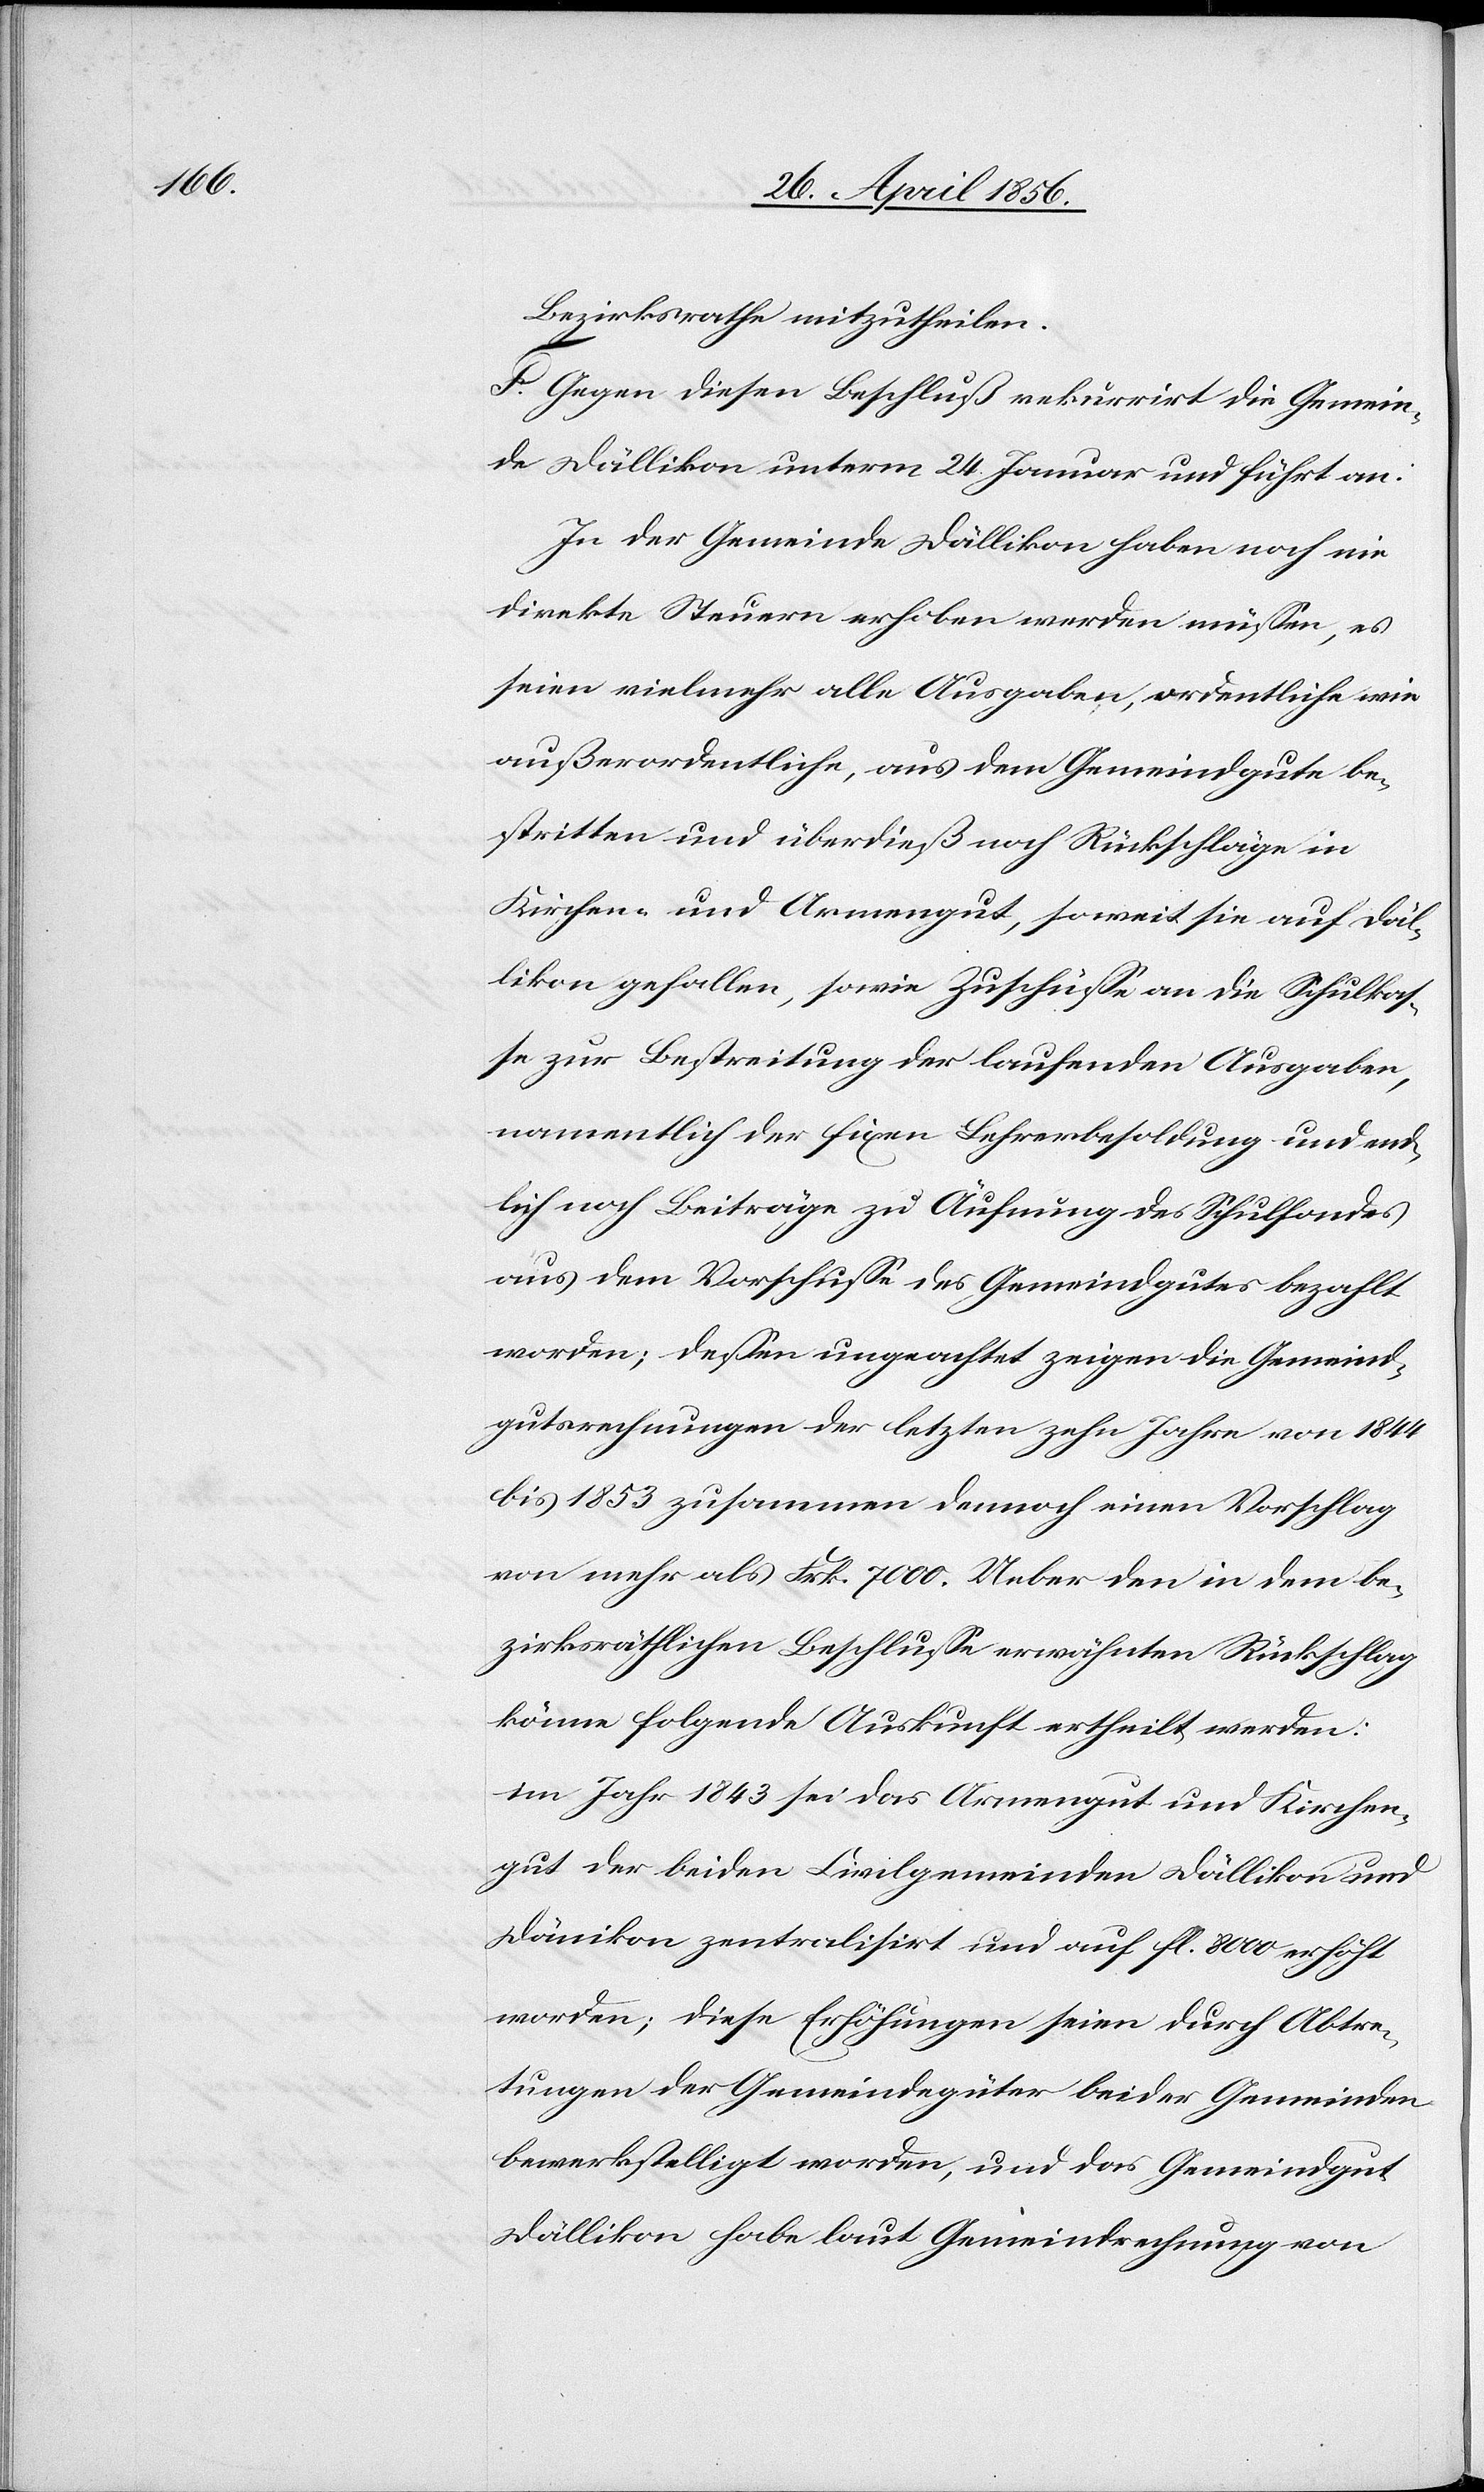
Bezirksrathe mitzutheilen.
F. Gegen diesen Beschluß rekurrirt die Gemein¬
de Dällikon unterm 24. Januar und führt an:
In der Gemeinde Dällikon haben noch nie
direkte Steuern erhoben werden müssen, es
seien vielmehr alle Ausgaben, ordentliche wie
außerordentliche, aus dem Gemeindgute be¬
stritten und überdieß noch Rückschläge in
Kirchen- und Armengut, soweit sie auf Däl¬
likon gefallen, sowie Zuschüsse an die Schulkas¬
se zur Bestreitung der laufenden Ausgaben,
namentlich der fixen Lehrerbesoldung und end¬
lich noch Beiträge zu Äufnung des Schulfondes
aus dem Vorschusse des Gemeindgutes bezahlt
worden; dessen ungeachtet zeigen die Gemeind¬
gutsrechnungen der letzten zehn Jahre von 1844
bis 1853 zusammen dennoch einen Vorschlag
von mehr als Frk. 7000. Ueber den in dem be¬
zirksräthlichen Beschlusse erwähnten Rückschlag
könne folgende Auskunft ertheilt werden:
im Jahr 1843 sei das Armengut und Kirchen¬
gut der beiden Civilgemeinden Dällikon und
Dänikon zentralisirt und auf fl. 8000 erhöht
worden; diese Erhöhungen seien durch Abtre¬
tungen der Gemeindegüter beider Gemeinden
bewerkstelligt worden; und das Gemeindgut
Dällikon habe laut Gemeindrechnung von